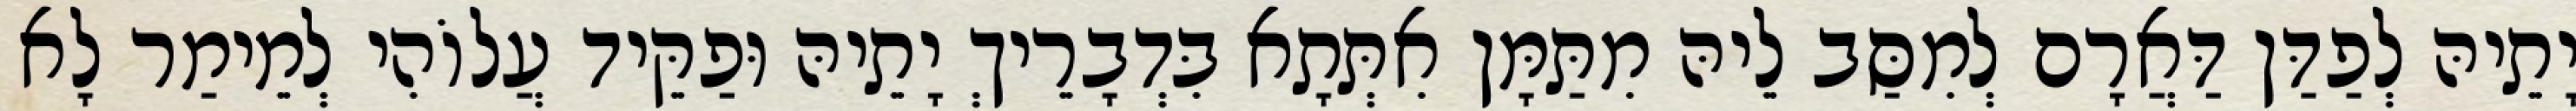
יָתֵיהּ לְפַדַּן דַּאֲרָם לְמִסַּב לֵיהּ מִתַּמָּן אִתְּתָא בִּדְבָרֵיךְ יָתֵיהּ וּפַקֵּיד עֲלוֹהִי לְמֵימַר לָא